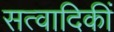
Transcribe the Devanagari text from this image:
सत्वादिकीं